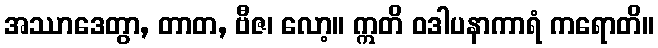
အဿာဒေတွာ, တာတ, ဗီဇ၊ လော့။ ဣတိ ဝဒါပနာကာရံ ကရောတိ။